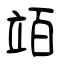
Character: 竡